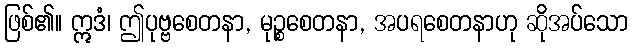
ဖြစ်၏။ ဣဒံ၊ ဤပုဗ္ဗစေတနာ, မုဉ္စစေတနာ, အပရစေတနာဟု ဆိုအပ်သော